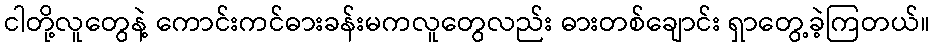
ငါတို့လူတွေနဲ့ ကောင်းကင်ဓားခန်းမကလူတွေလည်း ဓားတစ်ချောင်း ရှာတွေ့ခဲ့ကြတယ်။